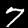
Digit: 7